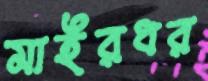
মাইরধর